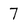
Character: 7